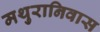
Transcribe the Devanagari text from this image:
मथुरानिवास